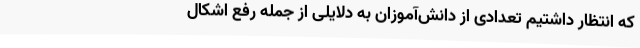
که انتظار داشتیم تعدادی از دانش‌آموزان به دلایلی از جمله رفع اشکال